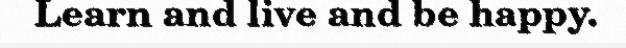
Learn and live and be happy.